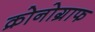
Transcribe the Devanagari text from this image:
क्रोनोग्राफ